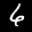
Label: 6